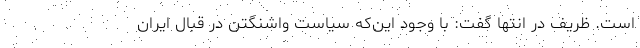
است. ظریف در انتها گفت: با وجود این‌که سیاست واشنگتن در قبال ایران